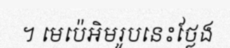
។ មេប៉េអិមរូបនេះថ្លែង